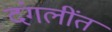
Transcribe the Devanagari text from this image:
दंगलींत